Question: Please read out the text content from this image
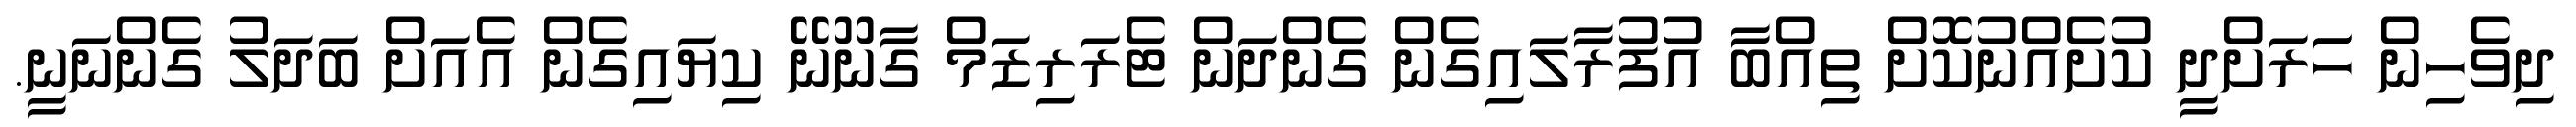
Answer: ދިވެހިން ހަަރަށްދީ ކުށެއްނުކޮށް ތިއްބާ އުފުރާލައިގެން ގެންދަން ޓެރަރިޒަމް ގާނޫނޭ ކިޔައިގެން އެއަށް ބަދަލު ގެންނަނީ.